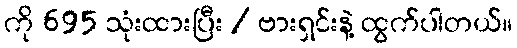
ကို 695 သုံးထားပြီး / ဗားရှင်းနဲ့ ထွက်ပါတယ်။